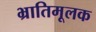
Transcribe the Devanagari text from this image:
भ्रातिमूलक